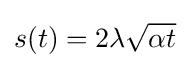
{\textstyle s(t)=2\lambda {\sqrt {\alpha t}}}